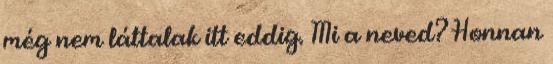
még nem láttalak itt eddig. Mi a neved? Honnan